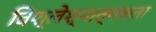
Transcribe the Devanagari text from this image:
विश्लेश्नात्मकता